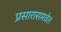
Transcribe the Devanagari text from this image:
प्रसारासमवेत